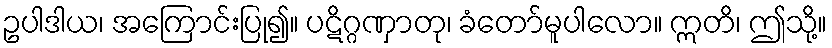
ဥပါဒါယ၊ အကြောင်းပြု၍။ ပဋိဂ္ဂဏှာတု၊ ခံတော်မူပါလော။ ဣတိ၊ ဤသို့။